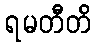
ရမတီတိ